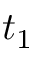
t _ { 1 }